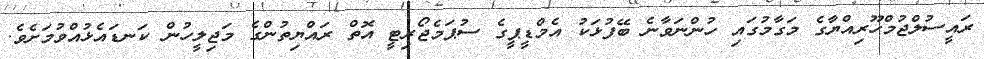
ރައީސުލްޖުމްހޫރިއްޔާގެ މަގާމުގައި ހުންނަވާނެ ބޭފުޅަކު އެމްޑީޕީގެ ސުޕަމެޖޯރިޓީ އޮތް ރައްޔިތުންގެ މަޖިލީހުން ކަނޑައެޅުއްވުމަށެވެ.